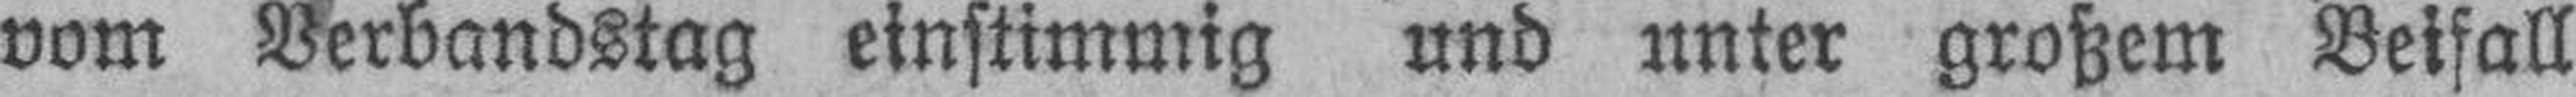
vom Verbandstag einstimmig und unter großem Beifall